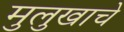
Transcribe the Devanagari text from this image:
मुलुखाचे